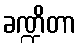
ခဏ္ဍိတာ